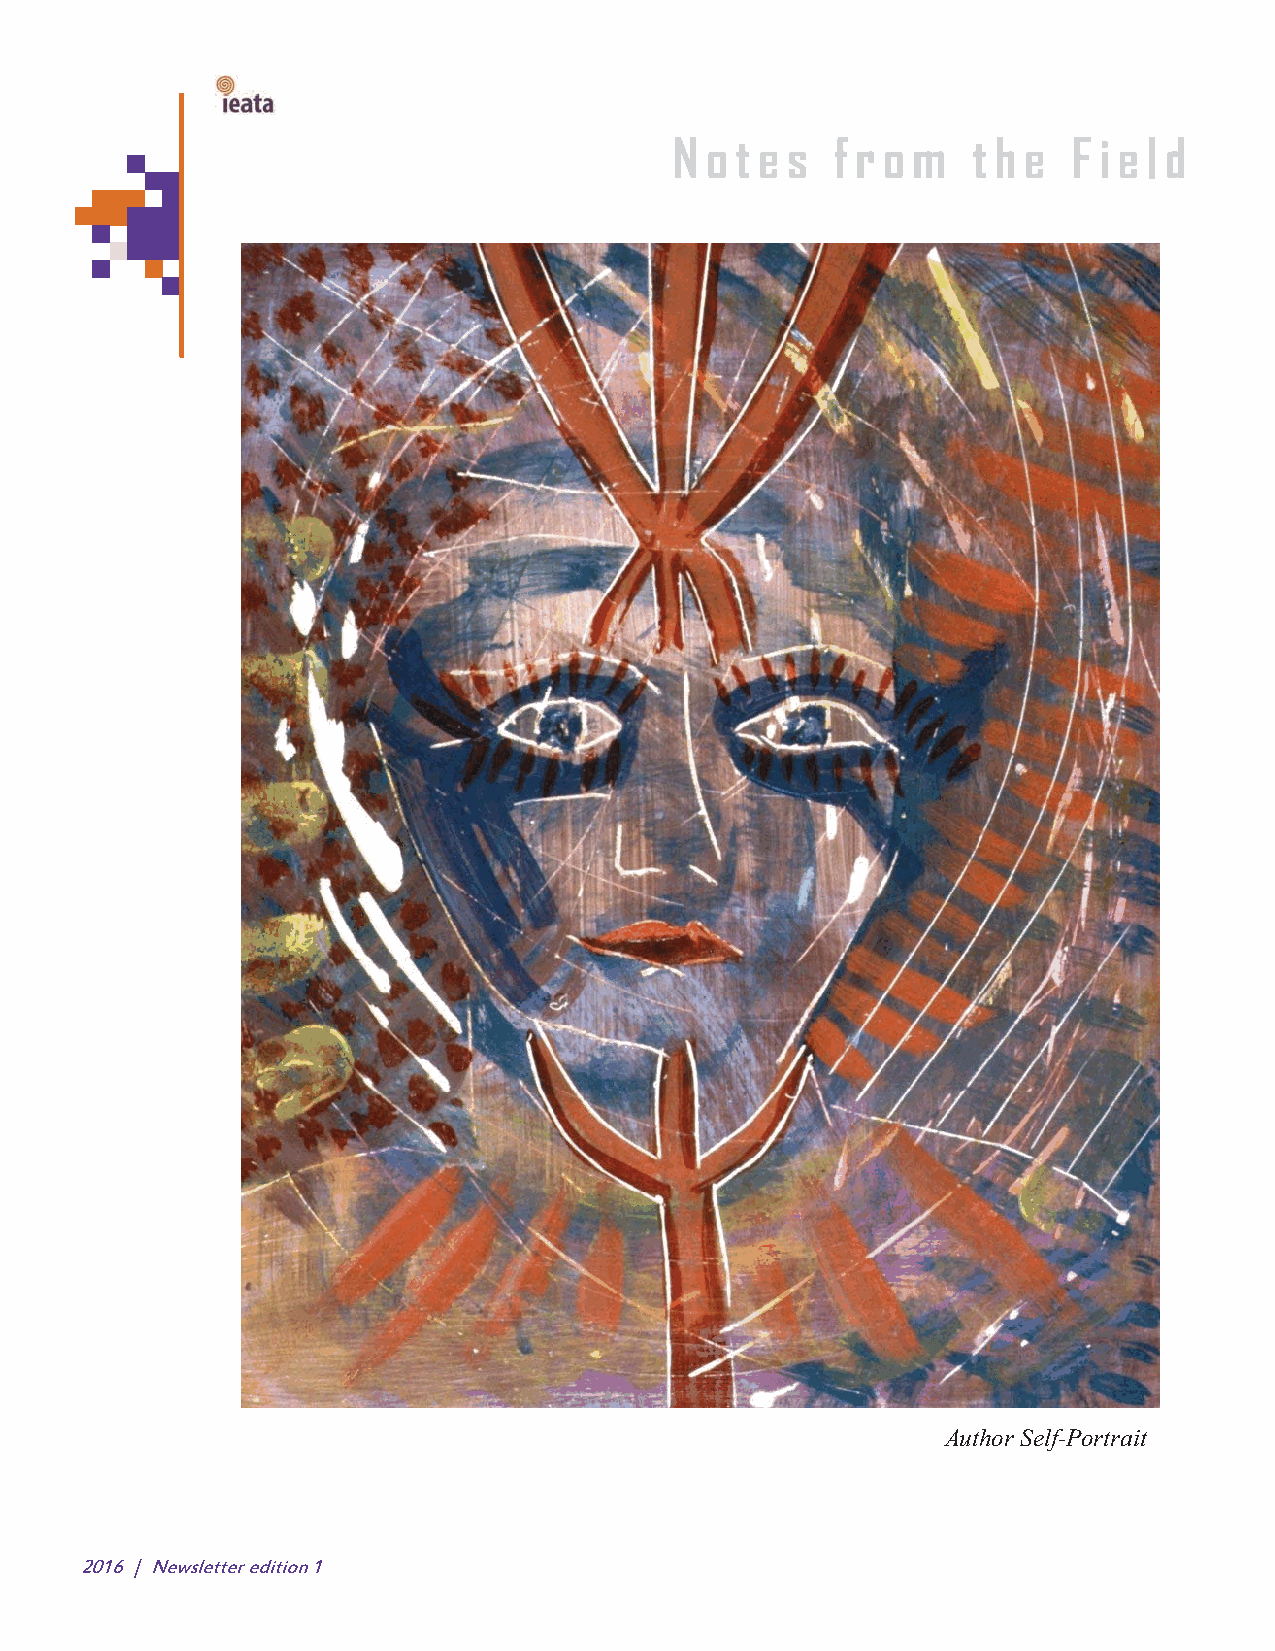
!
 N o t e s f r o m  t h e  F i e l d
 Author Self-Portrait
 2016 | Newsletter edition 1